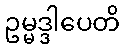
ဥမ္မဒ္ဒါပေတိ